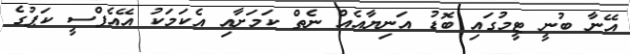
އޭނާ ބުނީ ޓީމުގައި ބޮޑު އަނިޔާއެއް ނެތް ކަމަށާއި އެކަމަކު އޭއެފްސީ ކަޕުގެ